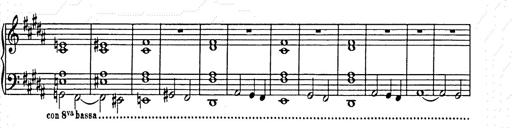
Title: Unstern!
Composer: Franz Liszt